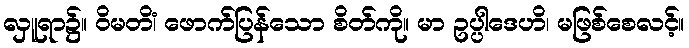
လှူရာ၌။ ဝိမတိံ၊ ဖောက်ပြန်သော စိတ်ကို။ မာ ဥပ္ပါဒေဟိ၊ မဖြစ်စေလင့်။